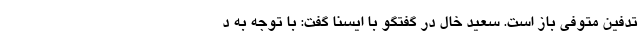
تدفین متوفی باز است. سعید خال در گفتگو با ایسنا گفت: با توجه به د